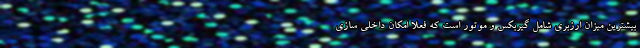
بیشترین میزان ارزبری شامل گیربکس و موتور است که فعلا امکان داخلی سازی